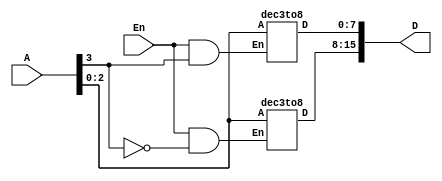
module dec4to16e2(A, En, D);
input [3:0]A;
input En;
output [0:15]D;

dec3to8 d1(A[2:0], En&(~A[3]), D[0:7]);
dec3to8 d2(A[2:0], En&A[3], D[8:15]);

endmodule


module dec3to8(A, En, D);
input [2:0]A;
input En;
output reg [0:7]D;
integer k;

always@(A or En)
begin 
        for (k = 0; k < 8; k++)
                if ((A == k) && (En == 1))
                        D[k] = 1;
                else
                        D[k] = 0;
end
endmodule